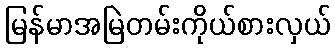
မြန်မာအမြဲတမ်းကိုယ်စားလှယ်